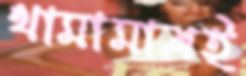
থামামাত্রই